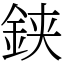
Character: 𨦇